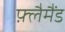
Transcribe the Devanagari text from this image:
फ़्लैमैंड